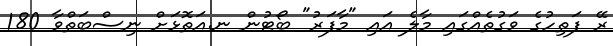
ރޭ ފަތިހުގެ ވަގުތެއްގައި މާލެ އައި "މާފަރު" ބޯޓުން ނ.އަތޮޅަށް ނިސްބަތްވާ 180